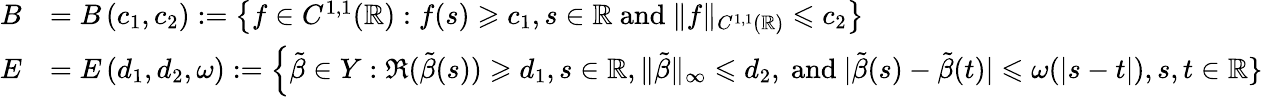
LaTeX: \begin{array}{rl}{B}&{=B\left(c_{1},c_{2}\right):=\left\{ f\in C^{1,1}(\mathbb{R}):f(s)\geqslant c_{1},s\in\mathbb{R}\mathrm{~and~}\| f\| _{C^{1,1}(\mathbb{R})}\leqslant c_{2}\right\} }\\ {E}&{=E\left(d_{1},d_{2},\omega\right):=\left\{ \tilde{\beta}\in Y:\Re(\tilde{\beta}(s))\geqslant d_{1},s\in\mathbb{R},\| \tilde{\beta}\| _{\infty}\leqslant d_{2},\right.\mathrm{~and~}|\tilde{\beta}(s)-\tilde{\beta}(t)|\leqslant\omega(|s-t|),s,t\in\mathbb{R}\} }\end{array}